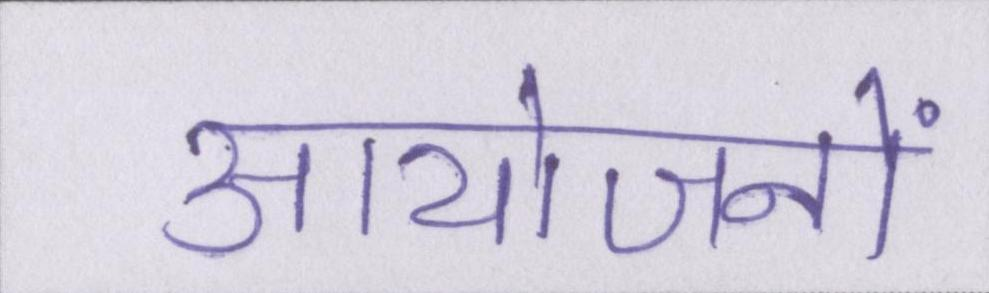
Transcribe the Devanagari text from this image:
आयोजनों